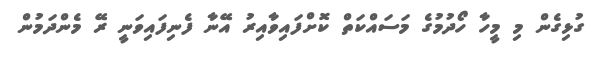
ގުޅިގެން މި މީހާ ހޯދުމުގެ މަސައްކަތް ކޮށްފައިވާއިރު އޭނާ ފެނިފައިވަނީ ރޭ މެންދަމުން